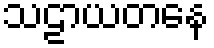
သဠာယတနေ